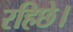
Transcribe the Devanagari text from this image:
रहिछे।